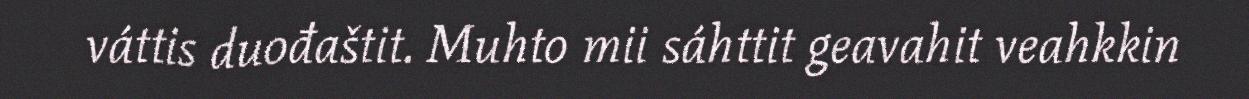
váttis duođaštit. Muhto mii sáhttit geavahit veahkkin